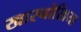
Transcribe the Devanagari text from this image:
खारनोखिया